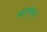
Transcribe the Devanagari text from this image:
म्ल्द्च्म्ल्द्